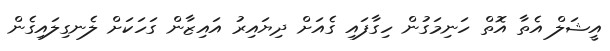
އީޝަލް އެތާ އޮތް ހަނިމަގުން ހިގާފައި ގެއަށް ދިޔައިރު އައިޒާން ގަހަކަށް ލެނގިލައިގެން